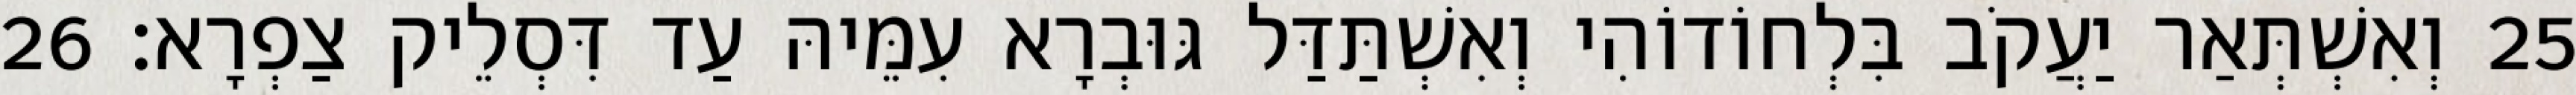
25 וְאִשְׁתְּאַר יַעֲקֹב בִּלְחוֹדוֹהִי וְאִשְׁתַּדַּל גּוּבְרָא עִמֵּיהּ עַד דִּסְלֵיק צַפְרָא׃ 26